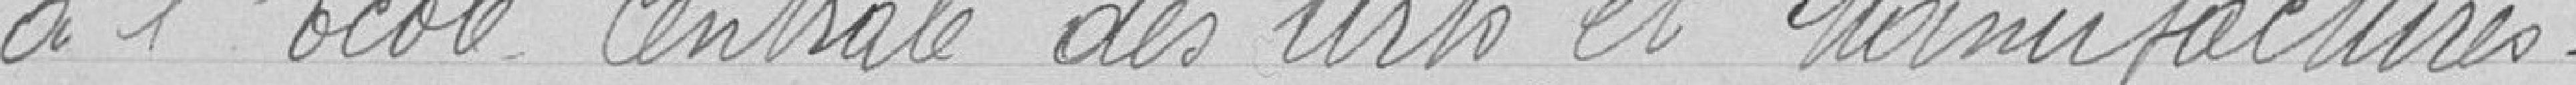
à l'école centrale des Arts et Manufactures.